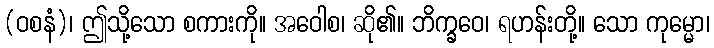
(ဝစနံ)၊ ဤသို့သော စကားကို။ အဝေါစ၊ ဆို၏။ ဘိက္ခဝေ၊ ရဟန်းတို့။ သော ကုမ္မော၊